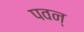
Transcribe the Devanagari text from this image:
पवन्